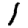
Digit: 1